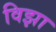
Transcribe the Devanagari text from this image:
विझा